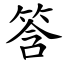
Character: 筨